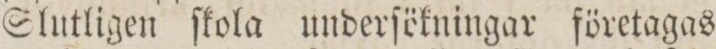
Slutligen ſkola underſökningar företagas